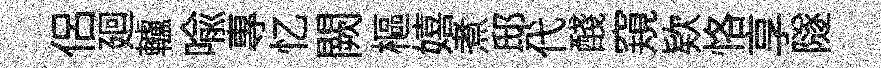
侣廻轤喩專忆闕樞嬉煮邸代醆窺欵恪享隧